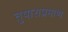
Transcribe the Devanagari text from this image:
तुषाराप्रमाणे